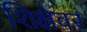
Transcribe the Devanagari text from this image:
शिक्षेवर